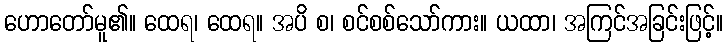
ဟောတော်မူ၏။ ထေရ၊ ထေရ။ အပိ စ၊ စင်စစ်သော်ကား။ ယထာ၊ အကြင်အခြင်းဖြင့်။